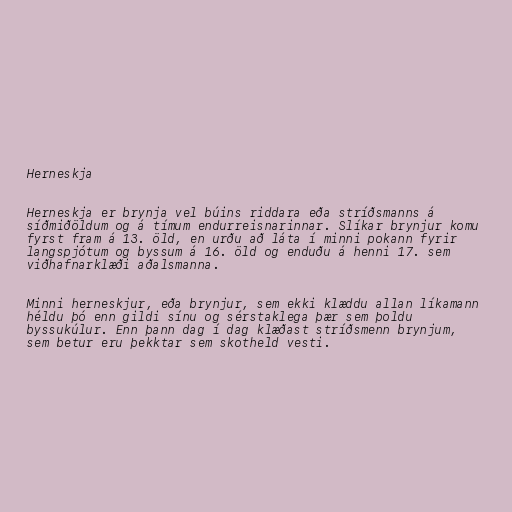
Herneskja

Herneskja er brynja vel búins riddara eða stríðsmanns á
síðmiðöldum og á tímum endurreisnarinnar. Slíkar brynjur komu
fyrst fram á 13. öld, en urðu að láta í minni pokann fyrir
langspjótum og byssum á 16. öld og enduðu á henni 17. sem
viðhafnarklæði aðalsmanna.

Minni herneskjur, eða brynjur, sem ekki klæddu allan líkamann
héldu þó enn gildi sínu og sérstaklega þær sem þoldu
byssukúlur. Enn þann dag í dag klæðast stríðsmenn brynjum,
sem betur eru þekktar sem skotheld vesti.